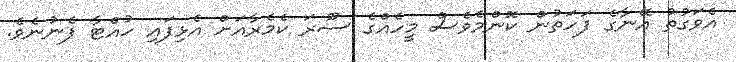
އެވަގުތު އޭނާގެ ފަހަތުން ކޮންމެވެސް މީހެއްގެ ސޫރަ ކެމެރާއަށް އެޅިފައި ހުއްޓާ ފެނުނެވެ.